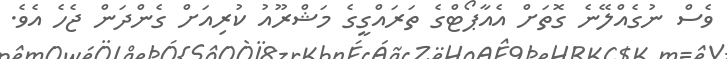
ވެސް ނުގެއްލޭނެ ގޮތަށް އެއާޕޯޓްގެ ތަރައްގީގެ މަޝްރޫއު ކުރިއަށް ގެންދަން ޖެހެ އެވެ.